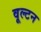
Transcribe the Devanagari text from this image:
वूल्टन